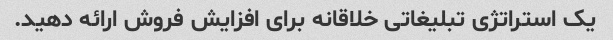
یک استراتژی تبلیغاتی خلاقانه برای افزایش فروش ارائه دهید.